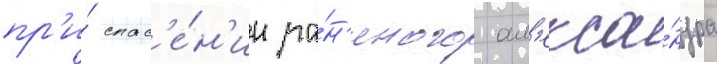
пр'и́ спас'е́н'ии ра́н'еного ал'екса́ндра